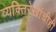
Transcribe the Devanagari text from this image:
व्यक्तिरेखांचीही